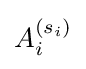
A_{i}^{(s_{i})}